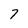
Character: 7